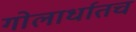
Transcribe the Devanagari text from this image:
गोलार्धातच